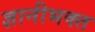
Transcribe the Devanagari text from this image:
ज्ञानीभक्त